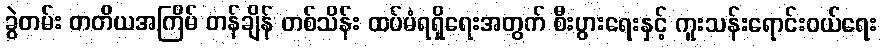
ခွဲတမ်း တတိယအကြိမ် တန်ချိန် တစ်သိန်း ထပ်မံရရှိရေးအတွက် စီးပွားရေးနှင့် ကူးသန်းရောင်းဝယ်ရေး